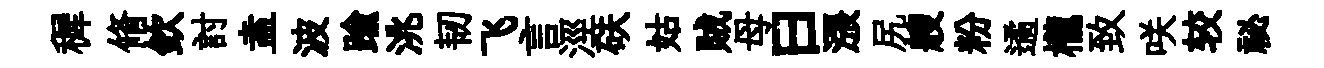
穉脩欽討盍波踰洮韧飞言涇砆姑賊母曰漲尻艘粉遹櫳致咲较祕